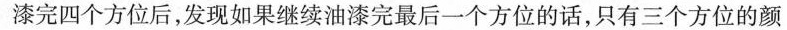
漆完四个方位后，发现如果继续油漆完最后一个方位的话，只有三个方位的颜